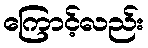
ကြောင့်လည်း